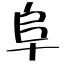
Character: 阜